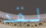
لقد